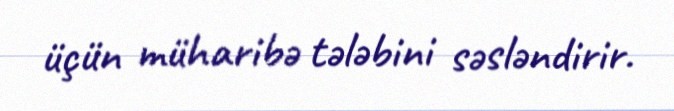
üçün müharibə tələbini səsləndirir.